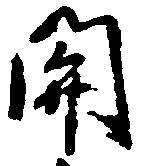
関